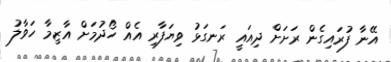
އޭނާ ފުރައިގެން ރަށަށް ދިއައީ ރަނގަޅު ވިޔަފާރި އެއް ހޯދުމަށް އާޒިމާ ހަވާލު